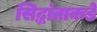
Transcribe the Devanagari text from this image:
सिद्धांताकडे